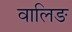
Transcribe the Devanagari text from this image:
वालिङ